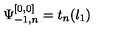
\Psi _ { - 1 , n } ^ { [ 0 , 0 ] } = t _ { n } ( l _ { 1 } )